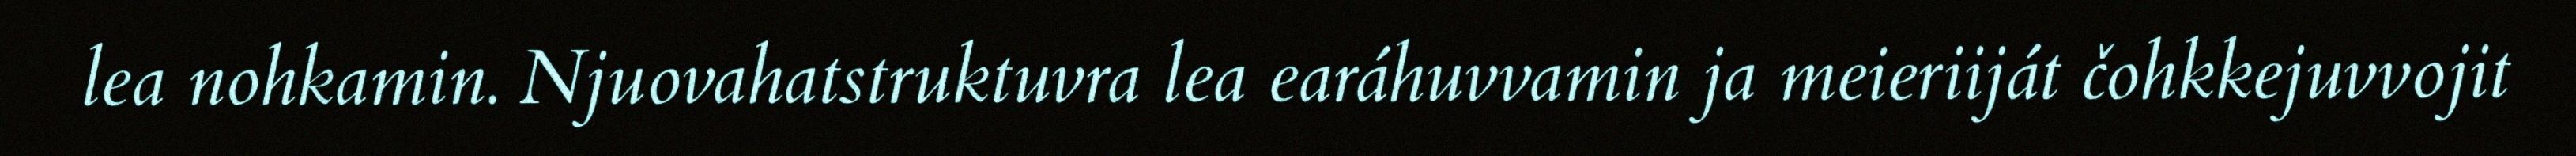
lea nohkamin. Njuovahatstruktuvra lea earáhuvvamin ja meieriiját čohkkejuvvojit